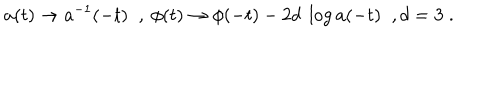
a ( t ) \rightarrow a ^ { - 1 } ( - t ) \; \; , ~ \phi ( t ) \rightarrow \phi ( - t ) - 2 d ~ \log a ( - t ) \; \; , d = 3 \; .